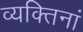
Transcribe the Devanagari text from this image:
व्यक्तिनां